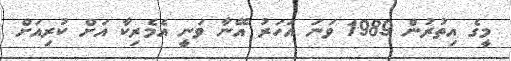
މީގެ އިތުރުން 1989 ވަނަ އަހަރު އޭނާ ވަނީ އެމެރިކާ އަށް ކުރިއަށް